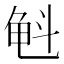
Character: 𲎮